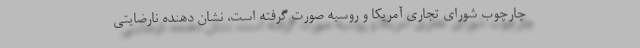
چارچوب شورای تجاری آمریکا و روسیه صورت گرفته است، نشان دهنده نارضایتی